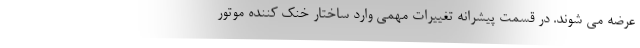
عرضه می شوند. در قسمت پیشرانه تغییرات مهمی وارد ساختار خنک کننده موتور